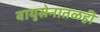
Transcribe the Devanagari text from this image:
वायुसेनातळही